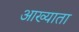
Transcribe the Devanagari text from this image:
आख्याता